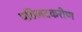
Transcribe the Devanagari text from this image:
पहिलटकरीण